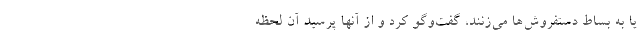
یا به بساط دستفروش‌ها می‌زنند، گفت‌‌وگو کرد و از آنها پرسید آن لحظه